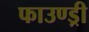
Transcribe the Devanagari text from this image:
फाउण्ड्री